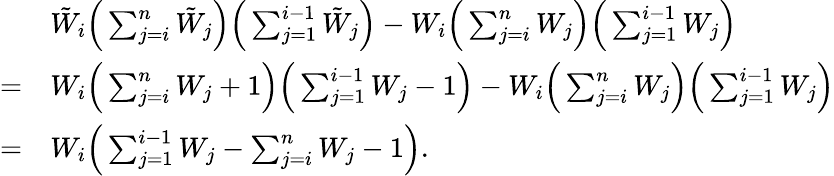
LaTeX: \begin{array}{rl}&{{\tilde{W}}_{i}\Big(\sum_{j=i}^{n}{\tilde{W}}_{j}\Big)\Big(\sum_{j=1}^{i-1}{\tilde{W}}_{j}\Big)-W_{i}\Big(\sum_{j=i}^{n}W_{j}\Big)\Big(\sum_{j=1}^{i-1}W_{j}\Big)}\\ {=}&{W_{i}\Big(\sum_{j=i}^{n}W_{j}+1\Big)\Big(\sum_{j=1}^{i-1}W_{j}-1\Big)-W_{i}\Big(\sum_{j=i}^{n}W_{j}\Big)\Big(\sum_{j=1}^{i-1}W_{j}\Big)}\\ {=}&{W_{i}\Big(\sum_{j=1}^{i-1}W_{j}-\sum_{j=i}^{n}W_{j}-1\Big).}\end{array}